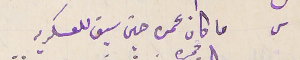
ما كان عمره حين سيق للعسكريه